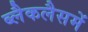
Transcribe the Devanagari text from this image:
ब्लैकलैसमें